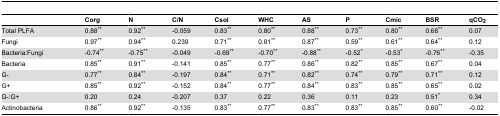
<table><thead><tr><td></td><td><b>Corg</b></td><td><b>N</b></td><td><b>C/N</b></td><td><b>Csol</b></td><td><b>WHC</b></td><td><b>AS</b></td><td><b>P</b></td><td><b>Cmic</b></td><td><b>BSR</b></td><td><b>qCO<sub>2</sub></b></td></tr></thead><tbody><tr><td>Total PLFA</td><td>0.88<sup>**</sup></td><td>0.92<sup>**</sup></td><td>-0.059</td><td>0.83<sup>**</sup></td><td>0.80<sup>**</sup></td><td>0.88<sup>**</sup></td><td>0.73<sup>**</sup></td><td>0.80<sup>**</sup></td><td>0.68<sup>**</sup></td><td>0.07</td></tr><tr><td>Fungi</td><td>0.97<sup>**</sup></td><td>0.94<sup>**</sup></td><td>0.239</td><td>0.71<sup>**</sup></td><td>0.81<sup>**</sup></td><td>0.87<sup>**</sup></td><td>0.59<sup>**</sup></td><td>0.61<sup>**</sup></td><td>0.64<sup>**</sup></td><td>0.12</td></tr><tr><td>Bacteria:Fungi</td><td>-0.74<sup>**</sup></td><td>-0.75<sup>**</sup></td><td>-0.049</td><td>-0.69<sup>**</sup></td><td>-0.70<sup>**</sup></td><td>-0.88<sup>**</sup></td><td>-0.52<sup>*</sup></td><td>-0.53<sup>*</sup></td><td>-0.76<sup>**</sup></td><td>-0.35</td></tr><tr><td>Bacteria</td><td>0.85<sup>**</sup></td><td>0.91<sup>**</sup></td><td>-0.141</td><td>0.85<sup>**</sup></td><td>0.77<sup>**</sup></td><td>0.86<sup>**</sup></td><td>0.82<sup>**</sup></td><td>0.85<sup>**</sup></td><td>0.67<sup>**</sup></td><td>0.04</td></tr><tr><td>G-</td><td>0.77<sup>**</sup></td><td>0.84<sup>**</sup></td><td>-0.197</td><td>0.84<sup>**</sup></td><td>0.71<sup>**</sup></td><td>0.82<sup>**</sup></td><td>0.74<sup>**</sup></td><td>0.79<sup>**</sup></td><td>0.71<sup>**</sup></td><td>0.12</td></tr><tr><td>G+</td><td>0.85<sup>**</sup></td><td>0.92<sup>**</sup></td><td>-0.152</td><td>0.84<sup>**</sup></td><td>0.77<sup>**</sup></td><td>0.84<sup>**</sup></td><td>0.83<sup>**</sup></td><td>0.85<sup>**</sup></td><td>0.65<sup>**</sup></td><td>0.02</td></tr><tr><td>G-:G+</td><td>0.20</td><td>0.24</td><td>-0.207</td><td>0.37</td><td>0.22</td><td>0.36</td><td>0.11</td><td>0.23</td><td>0.51<sup>*</sup></td><td>0.34</td></tr><tr><td>Actinobacteria</td><td>0.86<sup>**</sup></td><td>0.92<sup>**</sup></td><td>-0.135</td><td>0.83<sup>**</sup></td><td>0.77<sup>**</sup></td><td>0.83<sup>**</sup></td><td>0.83<sup>**</sup></td><td>0.85<sup>**</sup></td><td>0.60<sup>**</sup></td><td>-0.02</td></tr></tbody></table>